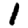
Digit: 1